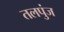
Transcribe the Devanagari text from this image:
तलपुंज